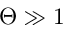
\Theta \gg 1